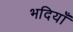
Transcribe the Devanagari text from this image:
भदियाँ